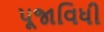
પૂજાવિધી